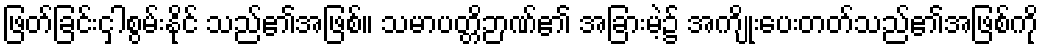
ဖြတ်ခြင်းငှါစွမ်းနိုင် သည်၏အဖြစ်။ သမာပတ္တိဉာဏ်၏ အခြားမဲ့၌ အကျိုးပေးတတ်သည်၏အဖြစ်ကို